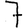
Digit: 7